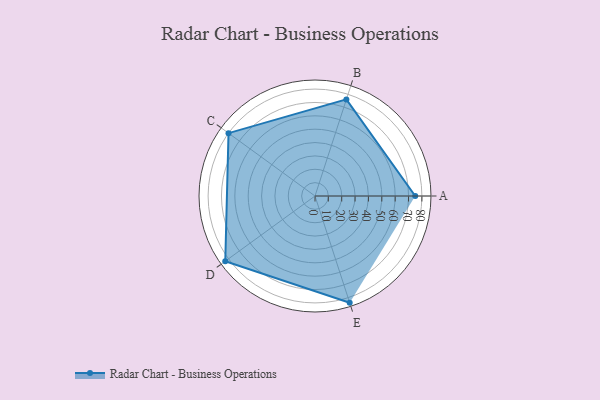
{"axis": {"x": "Skill", "y": "Score"}, "legend": ["Profile"], "data": [{"x": "A", "y": 75.0, "type": "Profile"}, {"x": "B", "y": 76.0, "type": "Profile"}, {"x": "C", "y": 80.0, "type": "Profile"}, {"x": "D", "y": 83.0, "type": "Profile"}, {"x": "E", "y": 84.0, "type": "Profile"}]}